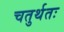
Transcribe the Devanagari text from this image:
चतुर्थतः